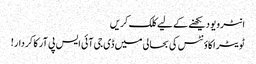
انٹرویو دیکھنے کے لیے کلک کریں
ٹویٹر اکاؤنٹس کی بحالی میں‌ ڈی جی آئی ایس پی آر کا کردار!